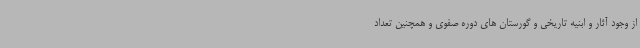
از وجود آثار و ابنیه تاریخی و گورستان های دوره صفوی و همچنین تعداد